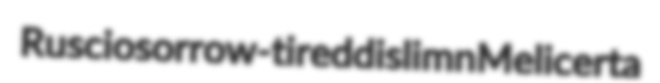
Ruscio sorrow-tired dislimn Melicerta